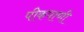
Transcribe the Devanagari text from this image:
पीकपाणी